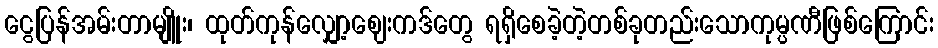
ငွေပြန်အမ်းတာမျိူး၊ ထုတ်ကုန်လျှော့ဈေးကဒ်တွေ ရရှိစေခဲ့တဲ့တစ်ခုတည်းသောကုမ္ပဏီဖြစ်ကြောင်း